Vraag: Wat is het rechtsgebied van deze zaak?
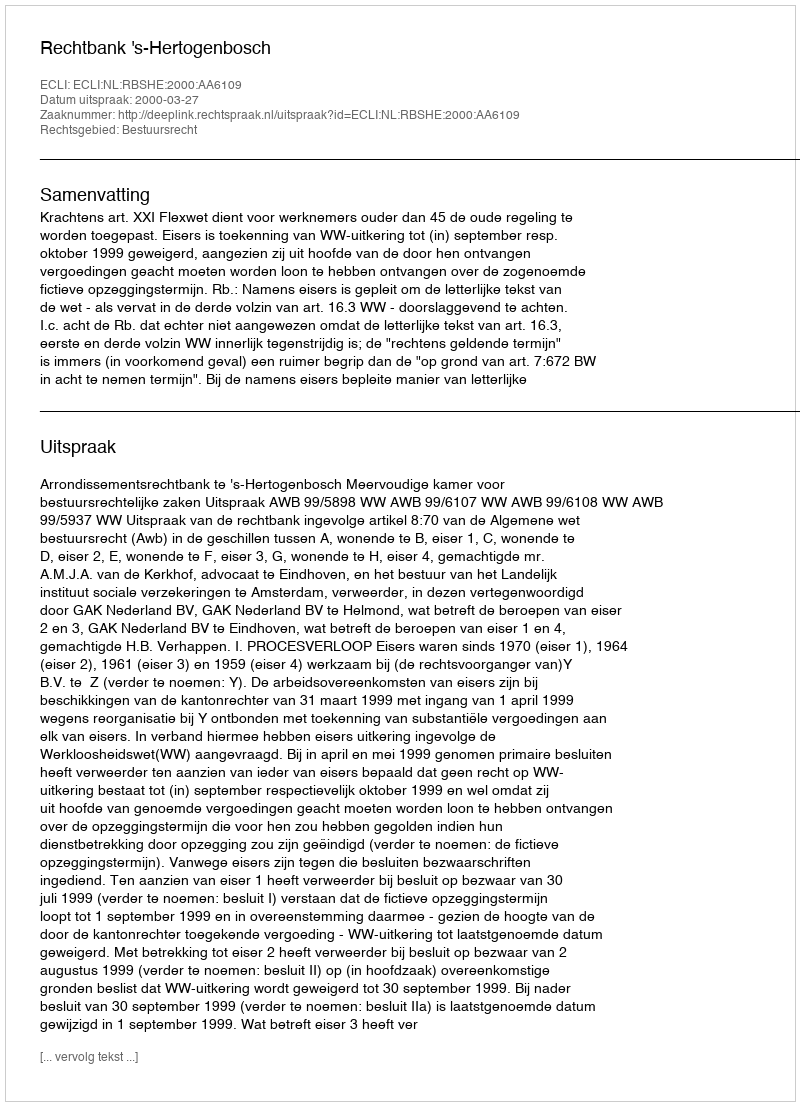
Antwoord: Bestuursrecht